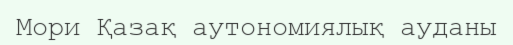
Мори Қазақ аутономиялық ауданы